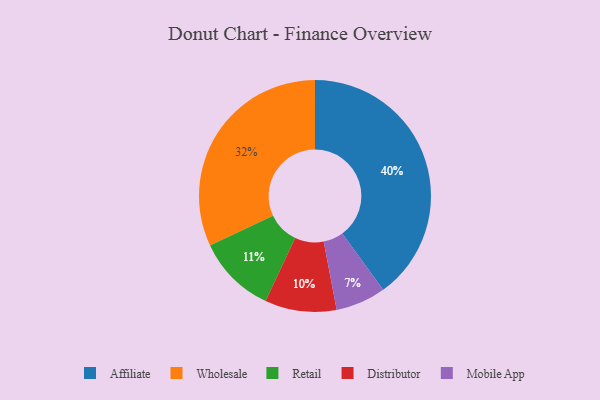
{"axis": {"x": "Category", "y": "Percentage"}, "legend": ["Affiliate", "Distributor", "Mobile App", "Retail", "Wholesale"], "data": [{"x": "Mobile App", "y": 7, "type": "Mobile App"}, {"x": "Distributor", "y": 10, "type": "Distributor"}, {"x": "Wholesale", "y": 32, "type": "Wholesale"}, {"x": "Retail", "y": 11, "type": "Retail"}, {"x": "Affiliate", "y": 40, "type": "Affiliate"}]}